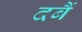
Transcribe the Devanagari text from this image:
दबैं